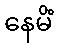
နေမိံ